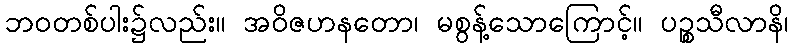
ဘဝတစ်ပါး၌လည်း။ အဝိဇဟနတော၊ မစွန့်သောကြောင့်။ ပဉ္စသီလာနိ၊